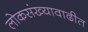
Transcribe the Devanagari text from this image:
लोकसंख्यावाढीत